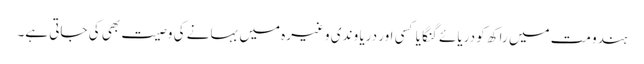
ہندو مت میں راکھ کو دریائے گنگا یا کسی اور دریا و ندی وغیرہ میں بہانے کی وصیت بھی کی جاتی ہے۔